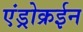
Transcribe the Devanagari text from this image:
एंड्रोक्रईन